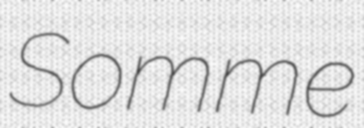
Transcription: Somme